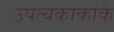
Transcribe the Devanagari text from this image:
उपत्यकाकाके